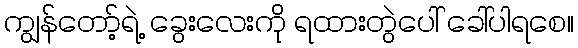
ကျွန်တော့်ရဲ့ ခွေးလေးကို ရထားတွဲပေါ် ခေါ်ပါရစေ။